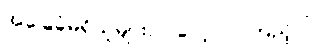
အခြေခံမရှိသူများလဲ လေ့လာကြည့်ပါ